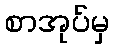
စာအုပ်မှ